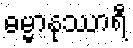
ဓမ္မာနုဿာရီ